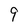
Character: 9